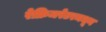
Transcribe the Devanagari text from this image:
रेफ्रिजरेटरमधून